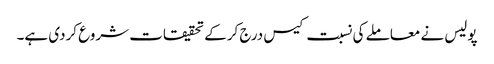
پولیس نے معاملے کی نسبت کیس درج کرکے تحقیقات شروع کردی ہے۔